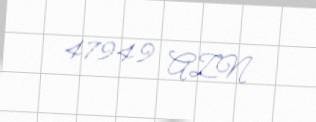
47949 AZN